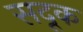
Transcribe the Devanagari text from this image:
सदूक